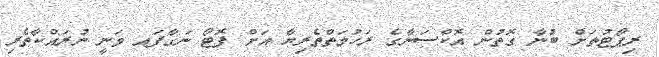
ރިޕޯޓުތަށް ބުނާ ގޮތުން އޮކްސަނާގެ ރަހުމަތްތެރިޔާ އަށް ފޮޓޯ ނަގާފައ ވަނީ ނުރައްކާތެރި